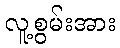
လူ့စွမ်းအား